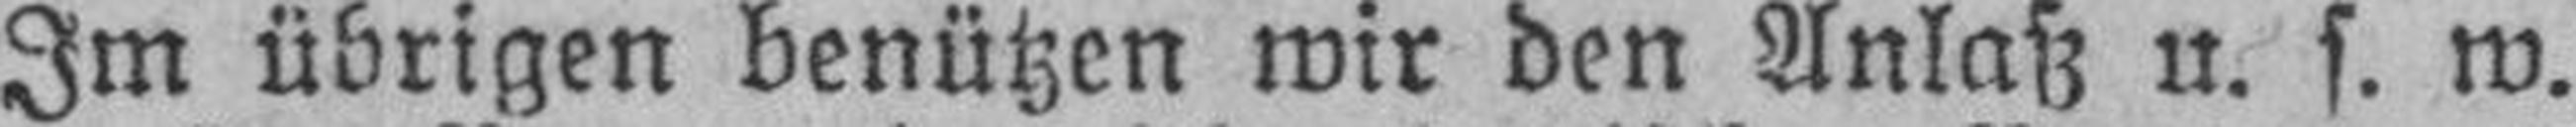
Im übrigen benützen wir den Anlaß u. s. w.